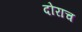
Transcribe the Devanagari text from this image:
दोराच